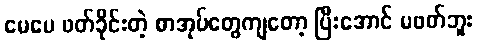
မေမေ ဖတ်ခိုင်းတဲ့ စာအုပ်တွေကျတော့ ပြီးအောင် မဖတ်ဘူး